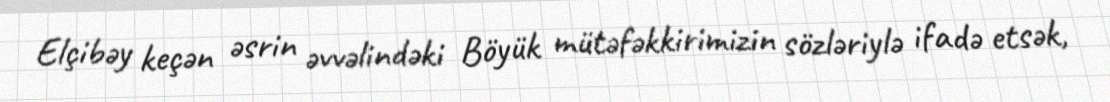
Elçibəy keçən əsrin əvvəlindəki Böyük mütəfəkkirimizin sözləriylə ifadə etsək,